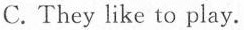
C. They like to play.